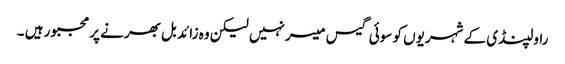
راولپنڈی کے شہریوں کو سوئی گیس میسر نہیں لیکن وہ زائد بل بھرنے پر مجبور ہیں ۔